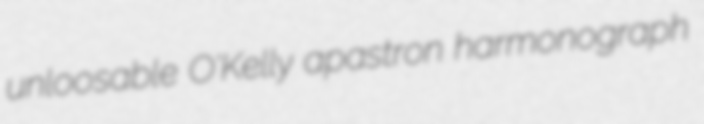
unloosable O'Kelly apastron harmonograph